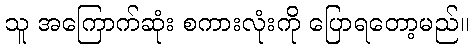
သူ အကြောက်ဆုံး စကားလုံးကို ပြောရတော့မည်။